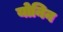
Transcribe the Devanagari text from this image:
योनिन